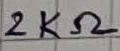
Text: 2KΩ